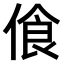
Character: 𠋡